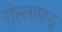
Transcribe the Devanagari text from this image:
रोल्लापाडु